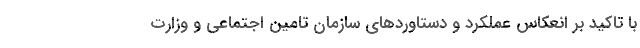
با تاکید بر انعکاس عملکرد و دستاوردهای سازمان تامین اجتماعی و وزارت